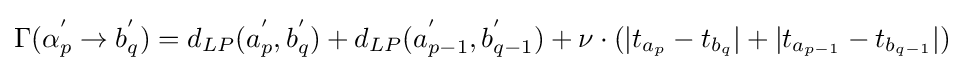
\Gamma (\alpha _{p}^{'}\to b_{q}^{'})=d_{LP}(a_{p}^{'},b_{q}^{'})+d_{LP}(a_{p-1}^{'},b_{q-1}^{'})+\nu \cdot (|t_{a_{p}}-t_{b_{q}}|+|t_{a_{p-1}}-t_{b_{q-1}}|)